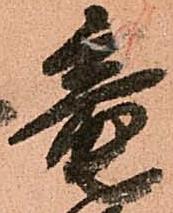
竜